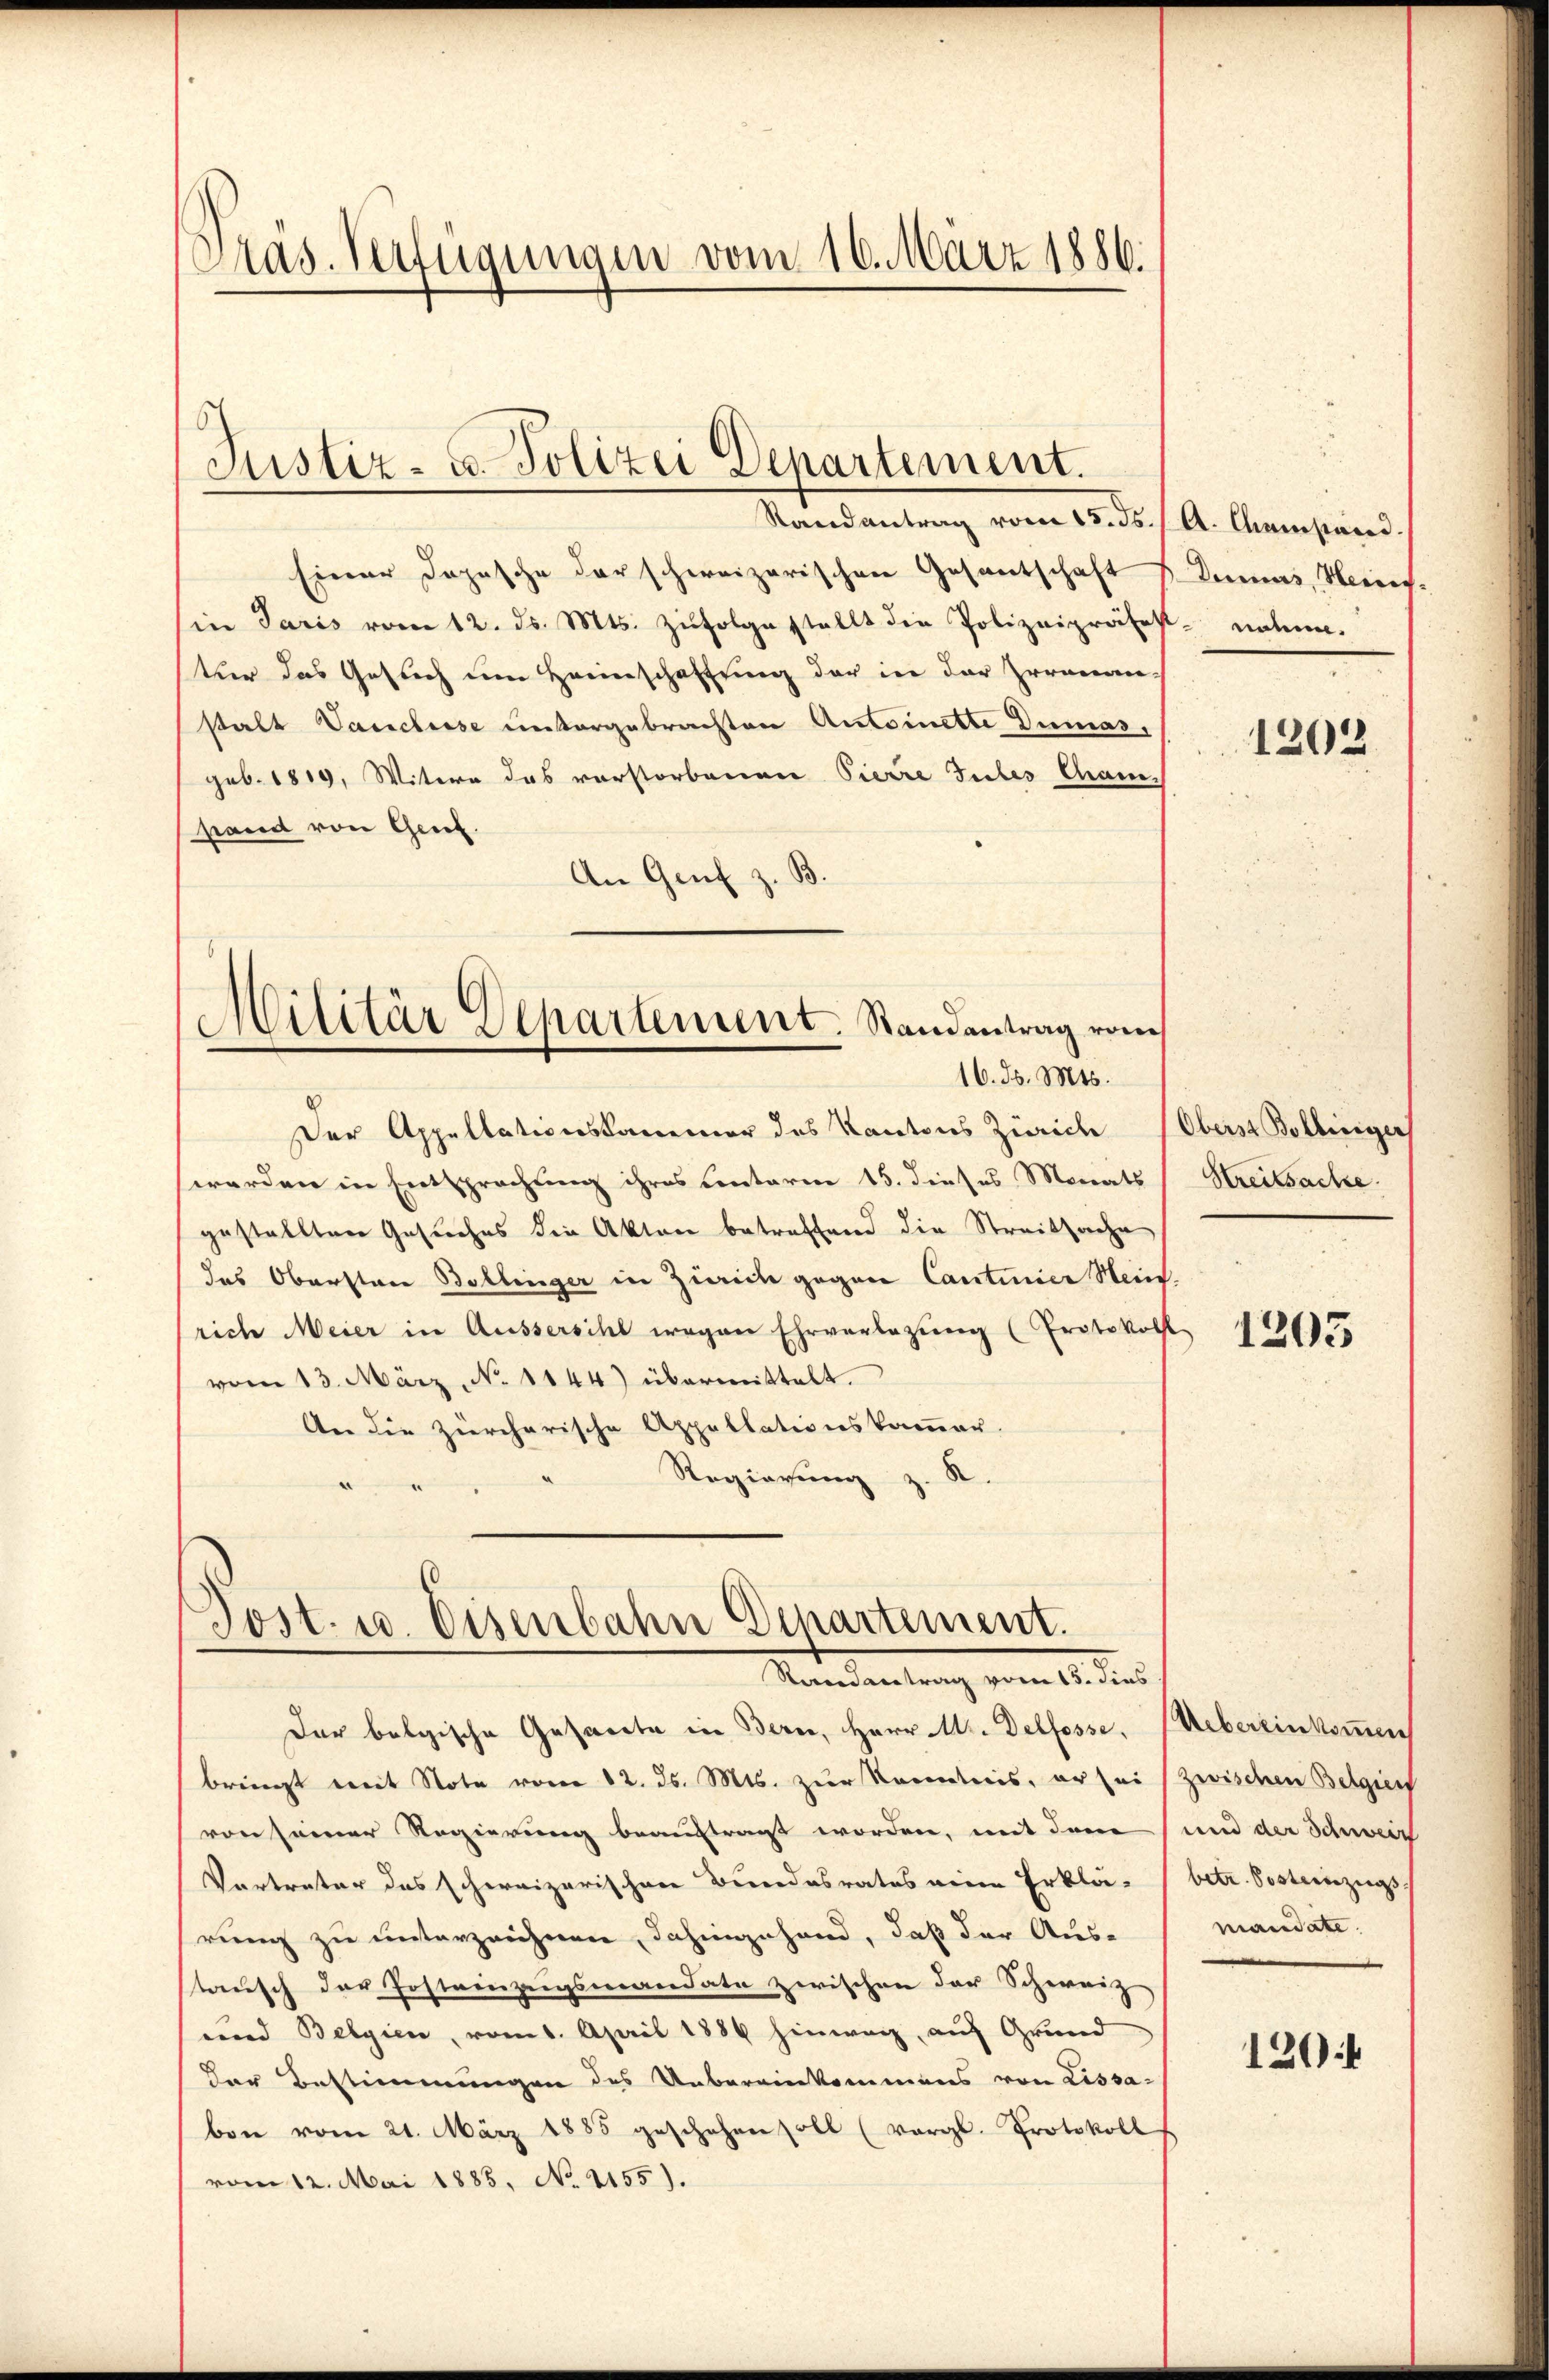
Präs. Verfügungen vom 16. März 1886.

Justiz- u. Polizei Departement.

Randantrag vom 18. ds.
Einer Dopische der schweizerischen Gesantschaft s. Damas, Heinin Paris vom 12. ds. Mts. zŭfolge stellt die Polizeipräsest
tur das Gesuch um Heimschaftung der in der Irrenan-
stalt Vanchisse untergebrachten Antoinette Dumas,
geb. 1819, Witere das vorstorbenen Pierre Gutes Ganstand von Genf.
An Genf z. B.
Militär Departement. Randantrag vom
16. ds. Mts.
Der Appellationskammer des Kantons Zürich
werden in Entsprechung ihres Contaria 15. dieses Monats Streitsache.
gestellten Gesuches die Akten betreffend die Streitsache
das Oberstare Bollinger in Zürich gegen Cantinica Stein.
rich Meier in Aussersihl wegen Ehrverlegŭng (Protokoll
vom 13. März, No 1144) übermittelt.
An die zürcherische Appellationskammer.
Regierung z. R.

Der belgische Gesandte in Bern, Herr M. Delfosse, Uebereinkommen
bringt mit Note vom 12. ds. Mts. zur Kenntnis, er sei (zwischen Belgien
von seiner Regierung beauftragt worden, mit dem und der Schweiz
Vertreter das schweizerischen Bundesrates eine Erklä- (betr. Posteinzugs-
rung zu unterzeichnen, dahingehand, daß der Aus-
stausch der Posteinzugsmandate zwischen der Schweiz
und Belgien, vom 1. April 1886 hinweg auf Grund
Der Bestimmungen des Uebereinkommens von Lissa-
ben vom 21. März 1885 geschehen soll (vergl. Protokoll
vom 12. Mai 1883, No 2155).

Post. u. Eisenbahn Departement.
Randantrag vom 15. ins

A. Geistand.
nnte.

1202

Oberst Bollinger

1205

mandate.

1204